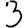
Digit: 3